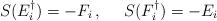
LaTeX: \begin{align*}S(E_i^\dagger)=-F_i\,,~~~~S(F_i^\dagger)=-E_i\end{align*}